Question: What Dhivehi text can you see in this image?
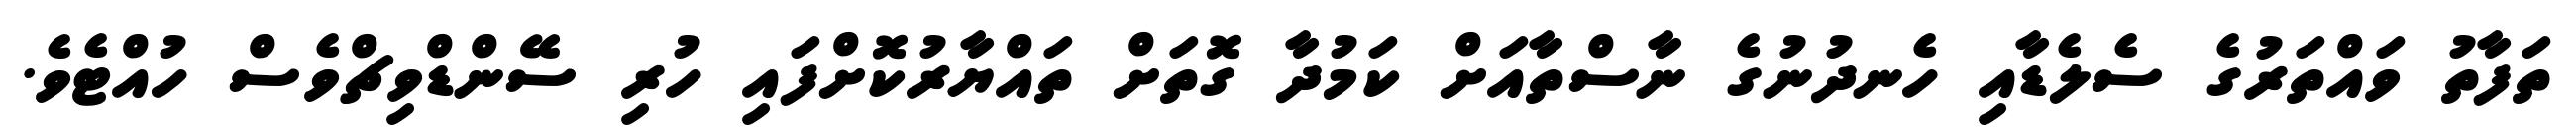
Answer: ތަފާތު ވައްތަރުގެ ސެލެޑާއި ހެނދުނުގެ ނާސްތާއަށް ކަމުދާ ގޮތަށް ތައްޔާރުކޮށްފައި ހުރި ސޭންޑްވިޗްވެސް ހުއްޓެވެ.